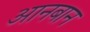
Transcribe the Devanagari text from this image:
आनबान